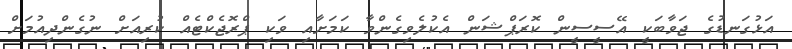
އަޅުގަނޑުގެ ޖަވާބަކީ އޭސީސީން ކޮރަޕްޝަން އެކުލެވިގެންވާ ކަމަށާއި ވަކި ޕްރޮޖެކްޓެއް ކުރިއަށް ނުގެންދިއުމަށް